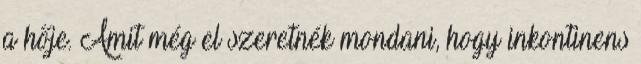
a hője. Amit még el szeretnék mondani, hogy inkontinens